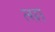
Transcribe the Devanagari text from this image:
त्सा